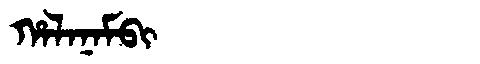
Manchu: ᡥᠠᠯᠠᠨᠠᠮᠪᡳ
Romanization: HALANAMBI